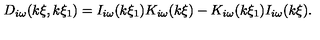
D _ { i \omega } ( k \xi , k \xi _ { 1 } ) = I _ { i \omega } ( k \xi _ { 1 } ) K _ { i \omega } ( k \xi ) - K _ { i \omega } ( k \xi _ { 1 } ) I _ { i \omega } ( k \xi ) .